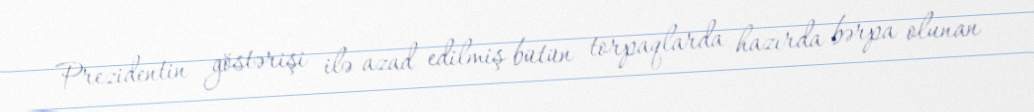
Prezidentin göstərişi ilə azad edilmiş bütün torpaqlarda hazırda bərpa olunan